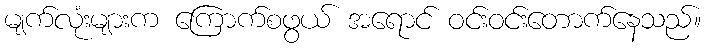
မျက်လုံးများက ကြောက်စဖွယ် အရောင် ဝင်းဝင်းတောက်နေသည်။